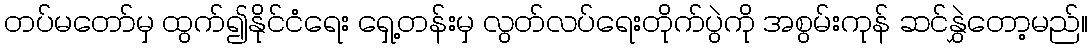
တပ်မတော်မှ ထွက်၍နိုင်ငံရေး ရှေ့တန်းမှ လွတ်လပ်ရေးတိုက်ပွဲကို အစွမ်းကုန် ဆင်နွှဲတော့မည်။